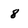
Character: 8